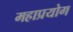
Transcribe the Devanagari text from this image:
महाप्रयोग